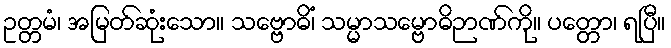
ဥတ္တမံ၊ အမြတ်ဆုံးသော။ သဗ္ဗောဓိံ၊ သမ္မာသမ္ဗောဓိဉာဏ်ကို။ ပတ္တော၊ ရပြီ။